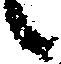
候